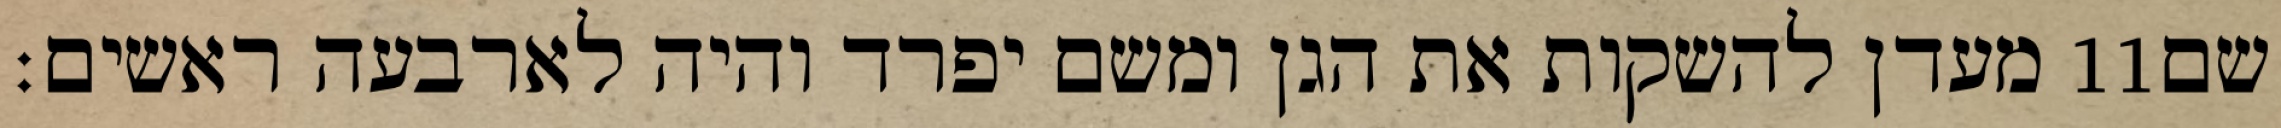
מעדן להשקות את הגן ומשם יפרד והיה לארבעה ראשים׃ ‎11‏ שם